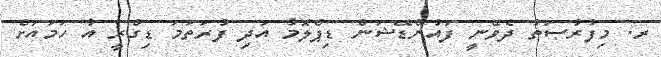
ރ. މިފުރުޞަތު ދެވޭނީ ފައުންޑޭޝަން ޑިޕްލޮމާ އަދި ފުރަތަމަ ޑިގްރީ އާ ހަމައަށް